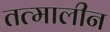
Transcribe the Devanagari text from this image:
तत्मालीन